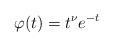
LaTeX: \begin{align*} \varphi(t) = t^{\nu} e^{-t}\end{align*}